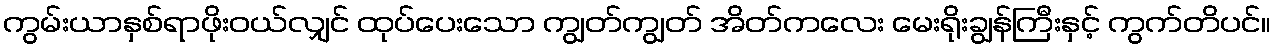
ကွမ်းယာနှစ်ရာဖိုးဝယ်လျှင် ထုပ်ပေးသော ကျွတ်ကျွတ် အိတ်ကလေး မေးရိုးချွန်ကြီးနှင့် ကွက်တိပင်။